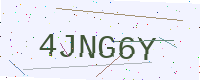
Text: 4JNG6Y